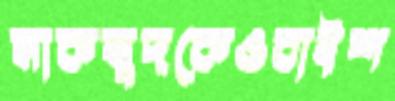
মাকসুদকেওবাইশ